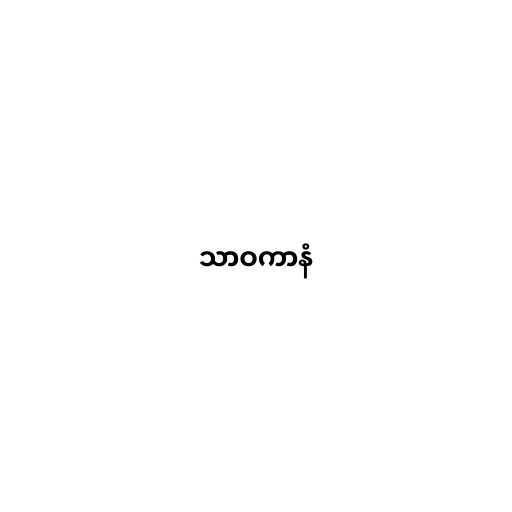
သာဝကာနံ